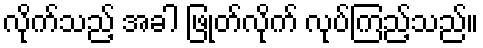
လိုက်သည့် အခါ ဖြုတ်လိုက် လုပ်ကြည့်သည်။